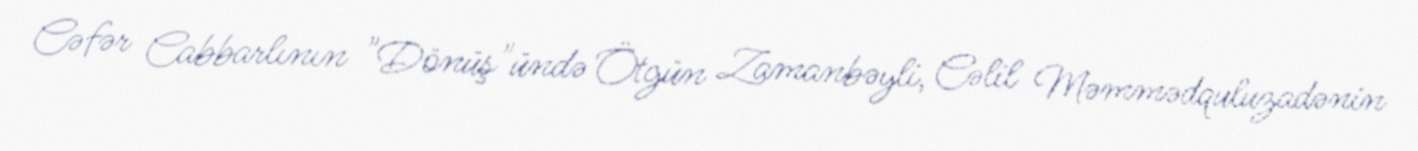
Cəfər Cabbarlının "Dönüş"ündə Ötgün Zamanbəyli, Cəlil Məmmədquluzadənin